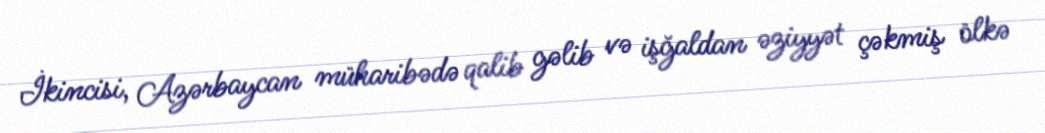
İkincisi, Azərbaycan müharibədə qalib gəlib və işğaldan əziyyət çəkmiş ölkə